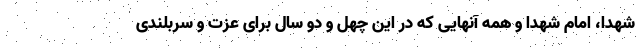
شهدا، امام شهدا و همه آنهایی که در این چهل و دو سال برای عزت و سربلندی